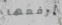
ارفعها